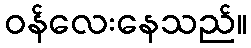
ဝန်လေးနေသည်။